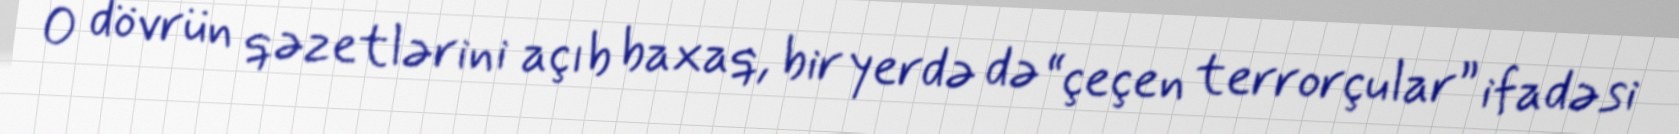
O dövrün qəzetlərini açıb baxaq, bir yerdə də “çeçen terrorçular” ifadəsi